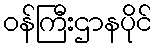
ဝန်ကြီးဌာနပိုင်